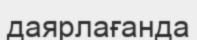
даярлағанда